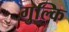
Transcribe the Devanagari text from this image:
गुल्कि